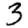
Digit: 3